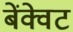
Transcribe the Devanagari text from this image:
बेंक्वेट